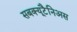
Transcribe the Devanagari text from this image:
सबक्यूटैनिअस